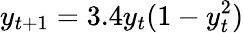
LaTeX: y_{t+1}=3.4y_{t}(1-y_{t}^{2})